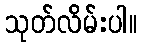
သုတ်လိမ်းပါ။